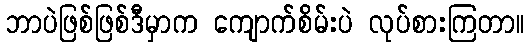
ဘာပဲဖြစ်ဖြစ်ဒီမှာက ကျောက်စိမ်းပဲ လုပ်စားကြတာ။